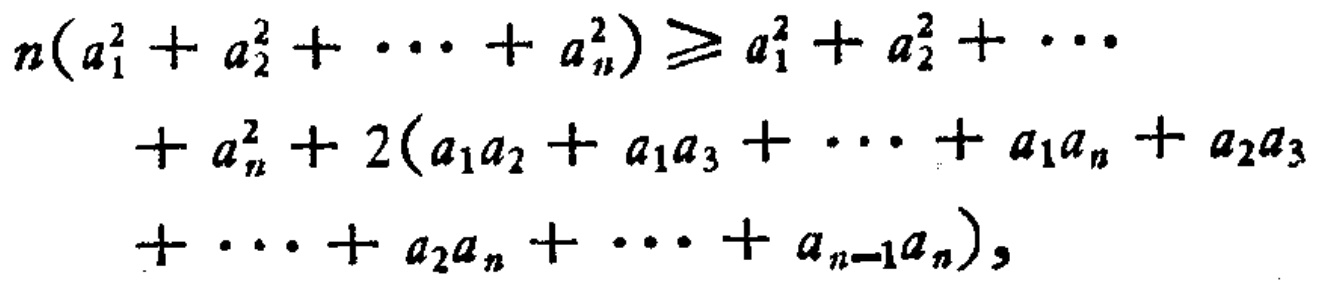
\[

\begin{align*}

n(a_{1}^{2}+a_{2}^{2}+\cdots +a_{n}^{2})&\geqslant a_{1}^{2}+a_{2}^{2}+\cdots\\

&+a_{n}^{2}+2(a_{1}a_{2}+a_{1}a_{3}+\cdots +a_{1}a_{n}+a_{2}a_{3}\\

&+\cdots +a_{2}a_{n}+\cdots +a_{n - 1}a_{n}),

\end{align*}

\]